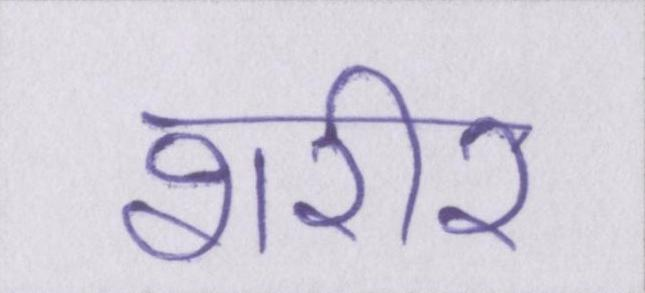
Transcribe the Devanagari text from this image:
शरीर